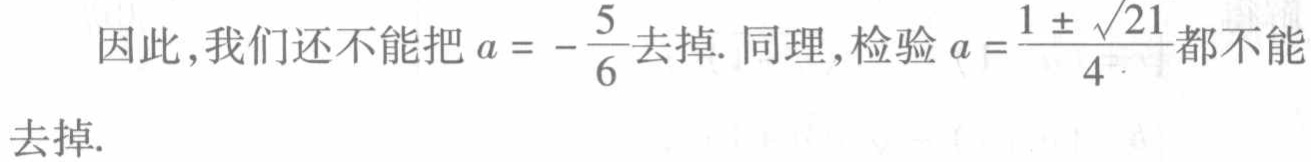
因此,我们还不能把 \(a = -\frac{5}{6}\)去掉. 同理,检验 \(a = \frac{1 \pm \sqrt{21}}{4}\)都不能
去掉.